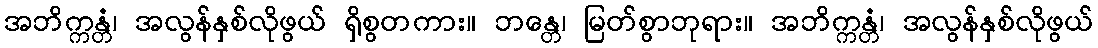
အဘိက္ကန္တံ၊ အလွန်နှစ်လိုဖွယ် ရှိစွတကား။ ဘန္တေ၊ မြတ်စွာဘုရား။ အဘိက္ကန္တံ၊ အလွန်နှစ်လိုဖွယ်